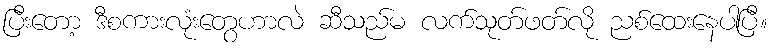
ပြီးတော့ ဒီစကားလုံးတွေဟာလဲ ဆီသည်မ လက်သုတ်ဖတ်လို ညစ်ထေးနေပါပြီ။